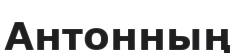
Антонның